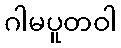
ဂါမပူတဝါ